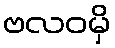
ဗလဝမှိ